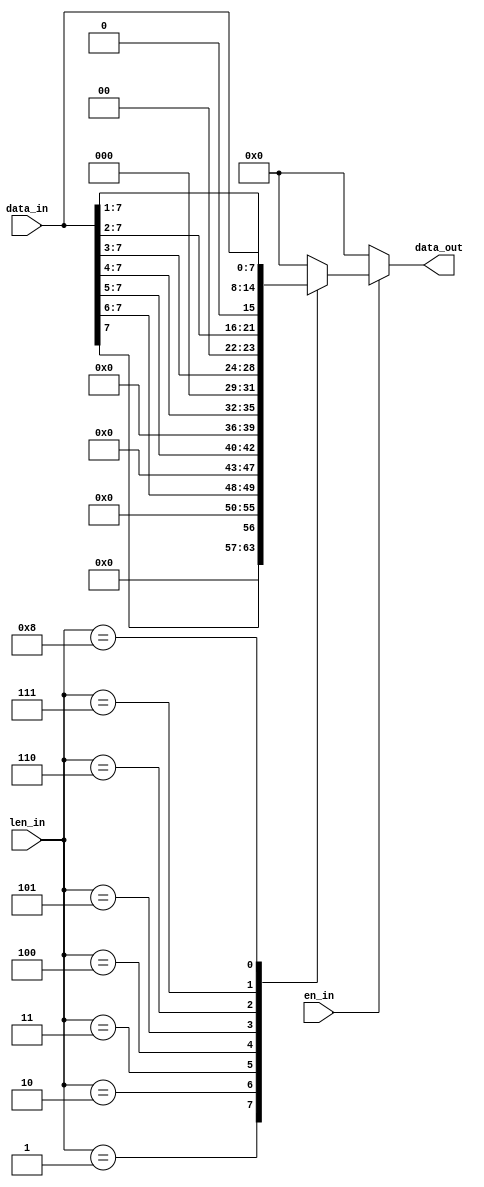
module read_bits(data_in, en_in, len_in, data_out);
input [23:16] data_in;
input [3:0] len_in;
input en_in;
output [7:0] data_out;

reg[7:0] data_out;

always @(data_in or len_in or en_in)
if(en_in)
case ( len_in )
1 : data_out <= data_in[23];
2 : data_out <= data_in[23:22];
3 : data_out <= data_in[23:21];
4 : data_out <= data_in[23:20];
5 : data_out <= data_in[23:19];
6 : data_out <= data_in[23:18];
7 : data_out <= data_in[23:17];
8 : data_out <= data_in[23:16];
default: data_out <= 0;
endcase
else
    data_out <= 0;
    
endmodule